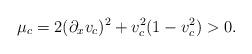
LaTeX: \begin{align*}\mu_c = 2 (\partial_x v_c)^2 + v_c^2(1-v_c^2) > 0.\end{align*}